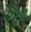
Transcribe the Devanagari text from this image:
जपैं